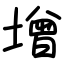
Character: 增